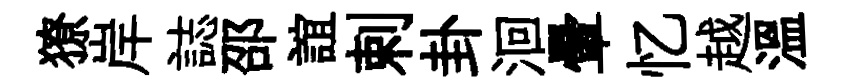
獠岸誌邵誼剌卦洄暈忆越温